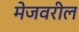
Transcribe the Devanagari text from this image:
मेजवरील